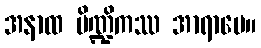
အနာထ ပိဏ္ဍိကဿ အာရာမေ။